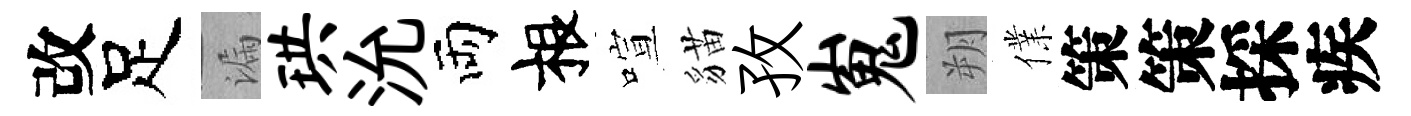
改足漏珙沇両根喧貓孜嵬朔㒒策策採疾